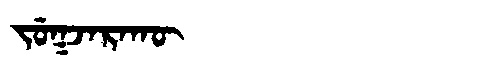
Manchu: ᠵᡠᡴᠵᠠᡵᠠᡴᡡ
Romanization: JUKJARAKŪ